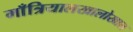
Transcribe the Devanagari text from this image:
माँत्रियालखालोखाल